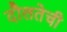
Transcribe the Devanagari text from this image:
दौलतेची